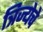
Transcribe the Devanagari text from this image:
त्रिज्येचे